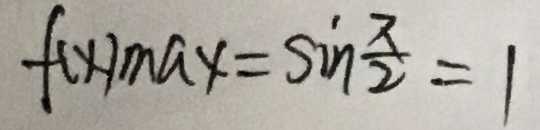
f ( x ) _ { \max } = \sin \frac { \pi } { 2 } = 1